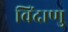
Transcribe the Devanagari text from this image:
विंदाणु